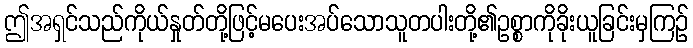
ဤအရှင်သည်ကိုယ်နှုတ်တို့ဖြင့်မပေးအပ်သောသူတပါးတို့၏ဥစ္စာကိုခိုးယူခြင်းမှကြဉ်